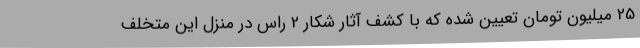
25 میلیون تومان تعیین شده که با کشف آثار شکار 2 راس در منزل این متخلف